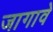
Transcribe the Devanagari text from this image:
जागावे